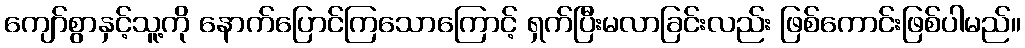
ကျော်စွာနှင့်သူ့ကို နောက်ပြောင်ကြသောကြောင့် ရှက်ပြီးမလာခြင်းလည်း ဖြစ်ကောင်းဖြစ်ပါမည်။